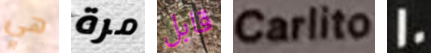
هي مرة قابل Carlito 10